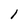
Character: l